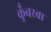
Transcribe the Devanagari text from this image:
कुँवरबा